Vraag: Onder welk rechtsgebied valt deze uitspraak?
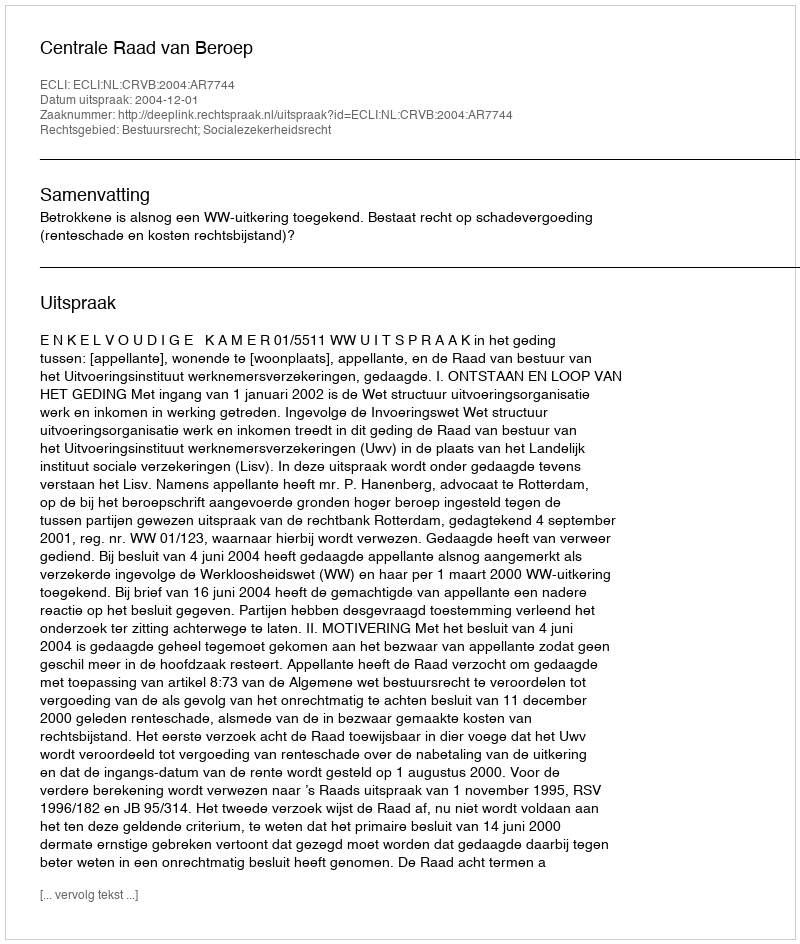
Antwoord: Bestuursrecht; Socialezekerheidsrecht